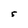
Character: 5